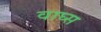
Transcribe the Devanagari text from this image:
वाघ्स